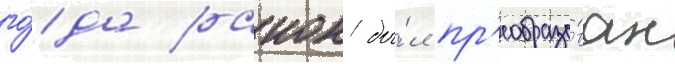
го́да раион бы́л пр'еобразо́ван